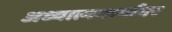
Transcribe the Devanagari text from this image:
अध्यात्ममार्गावर